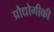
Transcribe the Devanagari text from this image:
प्रौद्योगीकी